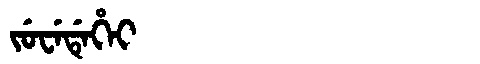
Manchu: ᠵᡠᠸᡝᡩᡝᡥᡝᡳ
Romanization: JUWEDEHEI